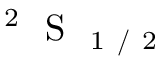
^ \mathrm { ~ 2 ~ } \mathrm { ~ S ~ } _ { \mathrm { ~ 1 ~ / ~ 2 ~ } }